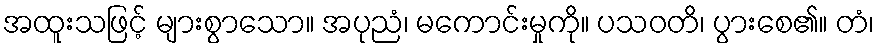
အထူးသဖြင့် များစွာသော။ အပုညံ၊ မကောင်းမှုကို။ ပသဝတိ၊ ပွားစေ၏။ တံ၊